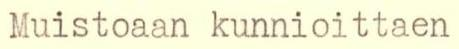
Muistoaan kunnioittaen